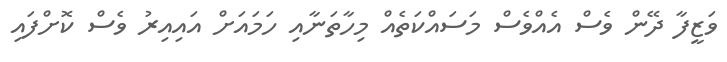
ވަޒީފާ ދޭން ވެސް އެއްވެސް މަސައްކަތެއް މިހާތަނާއި ހަމައަށް އައިއިރު ވެސް ކޮށްފައި